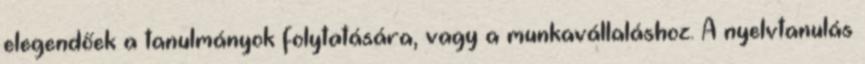
elegendőek a tanulmányok folytatására, vagy a munkavállaláshoz. A nyelvtanulás